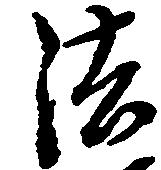
法